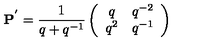
{ \bf P } ^ { ' } = \frac { 1 } { q + q ^ { - 1 } } \left( \begin{array} { c c } { q } & { q ^ { - 2 } } \\ { q ^ { 2 } } & { q ^ { - 1 } } \\ \end{array} \right)